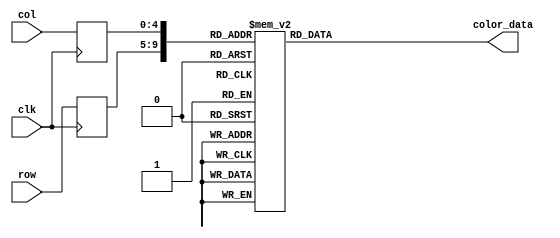
module gandhi_rom
	(
		input wire clk,
		input wire [4:0] row,
		input wire [4:0] col,
		output reg [11:0] color_data
	);

	(* rom_style = "block" *)

	//signal declaration
	reg [4:0] row_reg;
	reg [4:0] col_reg;

	always @(posedge clk)
		begin
		row_reg <= row;
		col_reg <= col;
		end

	always @*
	case ({row_reg, col_reg})
		10'b0000000000: color_data = 12'b010101010101;
		10'b0000000001: color_data = 12'b010101010100;
		10'b0000000010: color_data = 12'b010101010100;
		10'b0000000011: color_data = 12'b011001010101;
		10'b0000000100: color_data = 12'b011001010101;
		10'b0000000101: color_data = 12'b011001010101;
		10'b0000000110: color_data = 12'b010101010101;
		10'b0000000111: color_data = 12'b010101010100;
		10'b0000001000: color_data = 12'b010101010101;
		10'b0000001001: color_data = 12'b010101000100;
		10'b0000001010: color_data = 12'b010000110011;
		10'b0000001011: color_data = 12'b001100110010;
		10'b0000001100: color_data = 12'b001100100010;
		10'b0000001101: color_data = 12'b001100100010;
		10'b0000001110: color_data = 12'b001100100010;
		10'b0000001111: color_data = 12'b001100100010;
		10'b0000010000: color_data = 12'b010000110011;
		10'b0000010001: color_data = 12'b010001000100;
		10'b0000010010: color_data = 12'b010101010101;
		10'b0000010011: color_data = 12'b011001100101;
		10'b0000010100: color_data = 12'b010101010100;
		10'b0000010101: color_data = 12'b010101000100;
		10'b0000010110: color_data = 12'b010101010101;
		10'b0000010111: color_data = 12'b010101010101;
		10'b0000011000: color_data = 12'b010101010100;
		10'b0000011001: color_data = 12'b010101010100;
		10'b0000011010: color_data = 12'b010101000100;
		10'b0000011011: color_data = 12'b010001000100;
		10'b0000011100: color_data = 12'b010101000100;
		10'b0000011101: color_data = 12'b010101000100;

		10'b0000100000: color_data = 12'b010101010100;
		10'b0000100001: color_data = 12'b010101010100;
		10'b0000100010: color_data = 12'b010101010101;
		10'b0000100011: color_data = 12'b011001010101;
		10'b0000100100: color_data = 12'b011001010101;
		10'b0000100101: color_data = 12'b011001010101;
		10'b0000100110: color_data = 12'b010101010100;
		10'b0000100111: color_data = 12'b010101010100;
		10'b0000101000: color_data = 12'b010000110011;
		10'b0000101001: color_data = 12'b001100100010;
		10'b0000101010: color_data = 12'b001100100010;
		10'b0000101011: color_data = 12'b001100100001;
		10'b0000101100: color_data = 12'b001100010001;
		10'b0000101101: color_data = 12'b001000010001;
		10'b0000101110: color_data = 12'b001100010001;
		10'b0000101111: color_data = 12'b001000010001;
		10'b0000110000: color_data = 12'b001000010000;
		10'b0000110001: color_data = 12'b001000010000;
		10'b0000110010: color_data = 12'b001100100001;
		10'b0000110011: color_data = 12'b010001000011;
		10'b0000110100: color_data = 12'b010101010101;
		10'b0000110101: color_data = 12'b010101010101;
		10'b0000110110: color_data = 12'b011001010101;
		10'b0000110111: color_data = 12'b010101010101;
		10'b0000111000: color_data = 12'b010101010101;
		10'b0000111001: color_data = 12'b010101010101;
		10'b0000111010: color_data = 12'b010101010100;
		10'b0000111011: color_data = 12'b010101000100;
		10'b0000111100: color_data = 12'b010101000100;
		10'b0000111101: color_data = 12'b010001000100;

		10'b0001000000: color_data = 12'b010101010100;
		10'b0001000001: color_data = 12'b010101010101;
		10'b0001000010: color_data = 12'b010101010101;
		10'b0001000011: color_data = 12'b011001010101;
		10'b0001000100: color_data = 12'b011001010101;
		10'b0001000101: color_data = 12'b011001010101;
		10'b0001000110: color_data = 12'b010101000100;
		10'b0001000111: color_data = 12'b010000110011;
		10'b0001001000: color_data = 12'b010000100010;
		10'b0001001001: color_data = 12'b010000100010;
		10'b0001001010: color_data = 12'b010000100010;
		10'b0001001011: color_data = 12'b010000010001;
		10'b0001001100: color_data = 12'b010000100001;
		10'b0001001101: color_data = 12'b010000100001;
		10'b0001001110: color_data = 12'b001100100000;
		10'b0001001111: color_data = 12'b001100010000;
		10'b0001010000: color_data = 12'b001100010000;
		10'b0001010001: color_data = 12'b001100010000;
		10'b0001010010: color_data = 12'b001000000000;
		10'b0001010011: color_data = 12'b000100000000;
		10'b0001010100: color_data = 12'b001100100001;
		10'b0001010101: color_data = 12'b010101000100;
		10'b0001010110: color_data = 12'b011001100101;
		10'b0001010111: color_data = 12'b011001010101;
		10'b0001011000: color_data = 12'b010101010101;
		10'b0001011001: color_data = 12'b010101010101;
		10'b0001011010: color_data = 12'b010101010100;
		10'b0001011011: color_data = 12'b010001000100;
		10'b0001011100: color_data = 12'b010001000100;
		10'b0001011101: color_data = 12'b010001000011;

		10'b0001100000: color_data = 12'b010001000100;
		10'b0001100001: color_data = 12'b010001000100;
		10'b0001100010: color_data = 12'b010001000100;
		10'b0001100011: color_data = 12'b010101010101;
		10'b0001100100: color_data = 12'b011001010101;
		10'b0001100101: color_data = 12'b010101000100;
		10'b0001100110: color_data = 12'b010001000011;
		10'b0001100111: color_data = 12'b010100110011;
		10'b0001101000: color_data = 12'b010100110011;
		10'b0001101001: color_data = 12'b010100110010;
		10'b0001101010: color_data = 12'b010100100001;
		10'b0001101011: color_data = 12'b011000110001;
		10'b0001101100: color_data = 12'b011100110010;
		10'b0001101101: color_data = 12'b011101000010;
		10'b0001101110: color_data = 12'b011101000010;
		10'b0001101111: color_data = 12'b011001000010;
		10'b0001110000: color_data = 12'b011000110001;
		10'b0001110001: color_data = 12'b010100110001;
		10'b0001110010: color_data = 12'b010000100001;
		10'b0001110011: color_data = 12'b001100010000;
		10'b0001110100: color_data = 12'b000100000000;
		10'b0001110101: color_data = 12'b001100100010;
		10'b0001110110: color_data = 12'b010101010101;
		10'b0001110111: color_data = 12'b011001100101;
		10'b0001111000: color_data = 12'b010101010101;
		10'b0001111001: color_data = 12'b010101010101;
		10'b0001111010: color_data = 12'b010101010100;
		10'b0001111011: color_data = 12'b010001000100;
		10'b0001111100: color_data = 12'b010001000100;
		10'b0001111101: color_data = 12'b010001000011;

		10'b0010000000: color_data = 12'b010001000011;
		10'b0010000001: color_data = 12'b010001000011;
		10'b0010000010: color_data = 12'b010001000011;
		10'b0010000011: color_data = 12'b010101010100;
		10'b0010000100: color_data = 12'b010101010100;
		10'b0010000101: color_data = 12'b010001000011;
		10'b0010000110: color_data = 12'b010000110011;
		10'b0010000111: color_data = 12'b010100110010;
		10'b0010001000: color_data = 12'b011000110010;
		10'b0010001001: color_data = 12'b011101000011;
		10'b0010001010: color_data = 12'b100101100100;
		10'b0010001011: color_data = 12'b101001110100;
		10'b0010001100: color_data = 12'b101101110100;
		10'b0010001101: color_data = 12'b101001100100;
		10'b0010001110: color_data = 12'b101001100100;
		10'b0010001111: color_data = 12'b100101010011;
		10'b0010010000: color_data = 12'b011101000010;
		10'b0010010001: color_data = 12'b011000110001;
		10'b0010010010: color_data = 12'b010100110010;
		10'b0010010011: color_data = 12'b010000100001;
		10'b0010010100: color_data = 12'b001000010000;
		10'b0010010101: color_data = 12'b000100000000;
		10'b0010010110: color_data = 12'b001100110010;
		10'b0010010111: color_data = 12'b010101010101;
		10'b0010011000: color_data = 12'b010101010101;
		10'b0010011001: color_data = 12'b010101010100;
		10'b0010011010: color_data = 12'b010101010100;
		10'b0010011011: color_data = 12'b010001000100;
		10'b0010011100: color_data = 12'b010001000100;
		10'b0010011101: color_data = 12'b010001000011;

		10'b0010100000: color_data = 12'b010001000100;
		10'b0010100001: color_data = 12'b010101000100;
		10'b0010100010: color_data = 12'b010101010101;
		10'b0010100011: color_data = 12'b010101010100;
		10'b0010100100: color_data = 12'b010001000100;
		10'b0010100101: color_data = 12'b010000110011;
		10'b0010100110: color_data = 12'b010101000011;
		10'b0010100111: color_data = 12'b011101000011;
		10'b0010101000: color_data = 12'b100101010011;
		10'b0010101001: color_data = 12'b101101110101;
		10'b0010101010: color_data = 12'b110010000110;
		10'b0010101011: color_data = 12'b110110010110;
		10'b0010101100: color_data = 12'b110110000110;
		10'b0010101101: color_data = 12'b110010000101;
		10'b0010101110: color_data = 12'b110001110101;
		10'b0010101111: color_data = 12'b101001110100;
		10'b0010110000: color_data = 12'b100101010011;
		10'b0010110001: color_data = 12'b011101000010;
		10'b0010110010: color_data = 12'b011000110010;
		10'b0010110011: color_data = 12'b010000100001;
		10'b0010110100: color_data = 12'b001000100001;
		10'b0010110101: color_data = 12'b000100010000;
		10'b0010110110: color_data = 12'b000100000000;
		10'b0010110111: color_data = 12'b010001000011;
		10'b0010111000: color_data = 12'b011001100101;
		10'b0010111001: color_data = 12'b010101010101;
		10'b0010111010: color_data = 12'b010101010100;
		10'b0010111011: color_data = 12'b010101000100;
		10'b0010111100: color_data = 12'b010001000100;
		10'b0010111101: color_data = 12'b010001000011;

		10'b0011000000: color_data = 12'b010101000100;
		10'b0011000001: color_data = 12'b010101010100;
		10'b0011000010: color_data = 12'b010101010101;
		10'b0011000011: color_data = 12'b010101010101;
		10'b0011000100: color_data = 12'b010001000011;
		10'b0011000101: color_data = 12'b011001010100;
		10'b0011000110: color_data = 12'b100101110101;
		10'b0011000111: color_data = 12'b101101110101;
		10'b0011001000: color_data = 12'b110010000110;
		10'b0011001001: color_data = 12'b110110010110;
		10'b0011001010: color_data = 12'b110110010111;
		10'b0011001011: color_data = 12'b110110010111;
		10'b0011001100: color_data = 12'b110110000110;
		10'b0011001101: color_data = 12'b110010000110;
		10'b0011001110: color_data = 12'b110010000101;
		10'b0011001111: color_data = 12'b101101110101;
		10'b0011010000: color_data = 12'b101001100100;
		10'b0011010001: color_data = 12'b100001000010;
		10'b0011010010: color_data = 12'b011000110010;
		10'b0011010011: color_data = 12'b010000100001;
		10'b0011010100: color_data = 12'b001000100001;
		10'b0011010101: color_data = 12'b000100010000;
		10'b0011010110: color_data = 12'b000000000000;
		10'b0011010111: color_data = 12'b001000100010;
		10'b0011011000: color_data = 12'b010101010101;
		10'b0011011001: color_data = 12'b011001100101;
		10'b0011011010: color_data = 12'b010101010101;
		10'b0011011011: color_data = 12'b010101010100;
		10'b0011011100: color_data = 12'b010101000100;
		10'b0011011101: color_data = 12'b010001000011;

		10'b0011100000: color_data = 12'b010101010100;
		10'b0011100001: color_data = 12'b010101010100;
		10'b0011100010: color_data = 12'b010101010101;
		10'b0011100011: color_data = 12'b010101010101;
		10'b0011100100: color_data = 12'b010101000100;
		10'b0011100101: color_data = 12'b101010011000;
		10'b0011100110: color_data = 12'b110010010111;
		10'b0011100111: color_data = 12'b110010000110;
		10'b0011101000: color_data = 12'b110110010111;
		10'b0011101001: color_data = 12'b111010100111;
		10'b0011101010: color_data = 12'b111010010111;
		10'b0011101011: color_data = 12'b110110010111;
		10'b0011101100: color_data = 12'b110110010110;
		10'b0011101101: color_data = 12'b110010000110;
		10'b0011101110: color_data = 12'b110010000101;
		10'b0011101111: color_data = 12'b101101110101;
		10'b0011110000: color_data = 12'b101001100100;
		10'b0011110001: color_data = 12'b100001010011;
		10'b0011110010: color_data = 12'b011000110010;
		10'b0011110011: color_data = 12'b010000100001;
		10'b0011110100: color_data = 12'b001100100001;
		10'b0011110101: color_data = 12'b000100010000;
		10'b0011110110: color_data = 12'b000000000000;
		10'b0011110111: color_data = 12'b000100010001;
		10'b0011111000: color_data = 12'b010101010100;
		10'b0011111001: color_data = 12'b011001100101;
		10'b0011111010: color_data = 12'b011001010101;
		10'b0011111011: color_data = 12'b010101010101;
		10'b0011111100: color_data = 12'b010101010100;
		10'b0011111101: color_data = 12'b010001000100;

		10'b0100000000: color_data = 12'b010101010100;
		10'b0100000001: color_data = 12'b010101010100;
		10'b0100000010: color_data = 12'b010101010101;
		10'b0100000011: color_data = 12'b010101010101;
		10'b0100000100: color_data = 12'b011001100101;
		10'b0100000101: color_data = 12'b110010111001;
		10'b0100000110: color_data = 12'b110010010111;
		10'b0100000111: color_data = 12'b110110010110;
		10'b0100001000: color_data = 12'b111010100111;
		10'b0100001001: color_data = 12'b111010101000;
		10'b0100001010: color_data = 12'b111010100111;
		10'b0100001011: color_data = 12'b110110010111;
		10'b0100001100: color_data = 12'b110110010111;
		10'b0100001101: color_data = 12'b110010000110;
		10'b0100001110: color_data = 12'b110010000101;
		10'b0100001111: color_data = 12'b101101110101;
		10'b0100010000: color_data = 12'b101001110100;
		10'b0100010001: color_data = 12'b100101010011;
		10'b0100010010: color_data = 12'b011101000010;
		10'b0100010011: color_data = 12'b010000110001;
		10'b0100010100: color_data = 12'b001100100001;
		10'b0100010101: color_data = 12'b000100010000;
		10'b0100010110: color_data = 12'b000000000000;
		10'b0100010111: color_data = 12'b000100010000;
		10'b0100011000: color_data = 12'b010001000100;
		10'b0100011001: color_data = 12'b011001100101;
		10'b0100011010: color_data = 12'b010101010101;
		10'b0100011011: color_data = 12'b011001010101;
		10'b0100011100: color_data = 12'b010101010101;
		10'b0100011101: color_data = 12'b010101000100;

		10'b0100100000: color_data = 12'b010101010100;
		10'b0100100001: color_data = 12'b010101010100;
		10'b0100100010: color_data = 12'b010101010100;
		10'b0100100011: color_data = 12'b010101010101;
		10'b0100100100: color_data = 12'b011101100110;
		10'b0100100101: color_data = 12'b110010101000;
		10'b0100100110: color_data = 12'b110010010110;
		10'b0100100111: color_data = 12'b110110010110;
		10'b0100101000: color_data = 12'b110110010111;
		10'b0100101001: color_data = 12'b111010100111;
		10'b0100101010: color_data = 12'b110110010111;
		10'b0100101011: color_data = 12'b110110010111;
		10'b0100101100: color_data = 12'b110110010110;
		10'b0100101101: color_data = 12'b110010000110;
		10'b0100101110: color_data = 12'b110010000110;
		10'b0100101111: color_data = 12'b110010000101;
		10'b0100110000: color_data = 12'b101101110101;
		10'b0100110001: color_data = 12'b100101100011;
		10'b0100110010: color_data = 12'b011101000011;
		10'b0100110011: color_data = 12'b010100110010;
		10'b0100110100: color_data = 12'b001100100001;
		10'b0100110101: color_data = 12'b001000010001;
		10'b0100110110: color_data = 12'b000100000000;
		10'b0100110111: color_data = 12'b000100000000;
		10'b0100111000: color_data = 12'b010000110011;
		10'b0100111001: color_data = 12'b011001100101;
		10'b0100111010: color_data = 12'b011001010101;
		10'b0100111011: color_data = 12'b011001010101;
		10'b0100111100: color_data = 12'b010101010101;
		10'b0100111101: color_data = 12'b010101010100;

		10'b0101000000: color_data = 12'b010101000100;
		10'b0101000001: color_data = 12'b010101000100;
		10'b0101000010: color_data = 12'b010101010100;
		10'b0101000011: color_data = 12'b010101010101;
		10'b0101000100: color_data = 12'b011001100101;
		10'b0101000101: color_data = 12'b101010000111;
		10'b0101000110: color_data = 12'b110010000110;
		10'b0101000111: color_data = 12'b110010000101;
		10'b0101001000: color_data = 12'b110110010110;
		10'b0101001001: color_data = 12'b110110010110;
		10'b0101001010: color_data = 12'b110110010110;
		10'b0101001011: color_data = 12'b110110010111;
		10'b0101001100: color_data = 12'b110110010111;
		10'b0101001101: color_data = 12'b110110010111;
		10'b0101001110: color_data = 12'b111010010111;
		10'b0101001111: color_data = 12'b110110010111;
		10'b0101010000: color_data = 12'b101110000110;
		10'b0101010001: color_data = 12'b100101100100;
		10'b0101010010: color_data = 12'b100001010011;
		10'b0101010011: color_data = 12'b011000110010;
		10'b0101010100: color_data = 12'b010000100001;
		10'b0101010101: color_data = 12'b010000100001;
		10'b0101010110: color_data = 12'b001000000000;
		10'b0101010111: color_data = 12'b000000000000;
		10'b0101011000: color_data = 12'b001100100010;
		10'b0101011001: color_data = 12'b011101010101;
		10'b0101011010: color_data = 12'b011001010101;
		10'b0101011011: color_data = 12'b011001010101;
		10'b0101011100: color_data = 12'b010101010101;
		10'b0101011101: color_data = 12'b010101000100;

		10'b0101100000: color_data = 12'b010101000100;
		10'b0101100001: color_data = 12'b010001000100;
		10'b0101100010: color_data = 12'b010001000100;
		10'b0101100011: color_data = 12'b010001000100;
		10'b0101100100: color_data = 12'b011001010101;
		10'b0101100101: color_data = 12'b100101110110;
		10'b0101100110: color_data = 12'b101110000110;
		10'b0101100111: color_data = 12'b110010000110;
		10'b0101101000: color_data = 12'b110110010111;
		10'b0101101001: color_data = 12'b111010100111;
		10'b0101101010: color_data = 12'b111010100111;
		10'b0101101011: color_data = 12'b110110010111;
		10'b0101101100: color_data = 12'b111010101000;
		10'b0101101101: color_data = 12'b110110101000;
		10'b0101101110: color_data = 12'b101110000101;
		10'b0101101111: color_data = 12'b011101000011;
		10'b0101110000: color_data = 12'b010100110010;
		10'b0101110001: color_data = 12'b011001000010;
		10'b0101110010: color_data = 12'b011001000010;
		10'b0101110011: color_data = 12'b010100110001;
		10'b0101110100: color_data = 12'b010000100001;
		10'b0101110101: color_data = 12'b010000100001;
		10'b0101110110: color_data = 12'b001000010000;
		10'b0101110111: color_data = 12'b000100000000;
		10'b0101111000: color_data = 12'b010000100010;
		10'b0101111001: color_data = 12'b011001000100;
		10'b0101111010: color_data = 12'b011001010101;
		10'b0101111011: color_data = 12'b010101000100;
		10'b0101111100: color_data = 12'b010101010101;
		10'b0101111101: color_data = 12'b010101000100;

		10'b0110000000: color_data = 12'b010001000100;
		10'b0110000001: color_data = 12'b010001000100;
		10'b0110000010: color_data = 12'b010001000100;
		10'b0110000011: color_data = 12'b010001000100;
		10'b0110000100: color_data = 12'b010101010100;
		10'b0110000101: color_data = 12'b100110000111;
		10'b0110000110: color_data = 12'b110010011000;
		10'b0110000111: color_data = 12'b110010000111;
		10'b0110001000: color_data = 12'b101110000110;
		10'b0110001001: color_data = 12'b110010010110;
		10'b0110001010: color_data = 12'b110110010111;
		10'b0110001011: color_data = 12'b110110010111;
		10'b0110001100: color_data = 12'b110110010111;
		10'b0110001101: color_data = 12'b101110000110;
		10'b0110001110: color_data = 12'b100001010011;
		10'b0110001111: color_data = 12'b100001100101;
		10'b0110010000: color_data = 12'b100110000111;
		10'b0110010001: color_data = 12'b011001010100;
		10'b0110010010: color_data = 12'b010100110010;
		10'b0110010011: color_data = 12'b010100110001;
		10'b0110010100: color_data = 12'b010000110001;
		10'b0110010101: color_data = 12'b001100100001;
		10'b0110010110: color_data = 12'b001000010000;
		10'b0110010111: color_data = 12'b001000010001;
		10'b0110011000: color_data = 12'b010100110010;
		10'b0110011001: color_data = 12'b011000110011;
		10'b0110011010: color_data = 12'b011101010100;
		10'b0110011011: color_data = 12'b010101010100;
		10'b0110011100: color_data = 12'b010101010100;
		10'b0110011101: color_data = 12'b010101010100;

		10'b0110100000: color_data = 12'b010001000100;
		10'b0110100001: color_data = 12'b010001000100;
		10'b0110100010: color_data = 12'b010001000100;
		10'b0110100011: color_data = 12'b010001000011;
		10'b0110100100: color_data = 12'b010000110011;
		10'b0110100101: color_data = 12'b100001110111;
		10'b0110100110: color_data = 12'b101010000110;
		10'b0110100111: color_data = 12'b011101010011;
		10'b0110101000: color_data = 12'b011101100100;
		10'b0110101001: color_data = 12'b100001100100;
		10'b0110101010: color_data = 12'b100001100011;
		10'b0110101011: color_data = 12'b101001110100;
		10'b0110101100: color_data = 12'b110010010111;
		10'b0110101101: color_data = 12'b100101100100;
		10'b0110101110: color_data = 12'b100001100101;
		10'b0110101111: color_data = 12'b101001110110;
		10'b0110110000: color_data = 12'b101110011000;
		10'b0110110001: color_data = 12'b011101100101;
		10'b0110110010: color_data = 12'b011001000011;
		10'b0110110011: color_data = 12'b010100110010;
		10'b0110110100: color_data = 12'b010000100001;
		10'b0110110101: color_data = 12'b010000100001;
		10'b0110110110: color_data = 12'b001100100000;
		10'b0110110111: color_data = 12'b001000010000;
		10'b0110111000: color_data = 12'b010100100010;
		10'b0110111001: color_data = 12'b100001000100;
		10'b0110111010: color_data = 12'b011101010100;
		10'b0110111011: color_data = 12'b011001010100;
		10'b0110111100: color_data = 12'b010101010100;
		10'b0110111101: color_data = 12'b010101010100;

		10'b0111000000: color_data = 12'b010001000100;
		10'b0111000001: color_data = 12'b010001000100;
		10'b0111000010: color_data = 12'b010001000011;
		10'b0111000011: color_data = 12'b010000110011;
		10'b0111000100: color_data = 12'b001100110011;
		10'b0111000101: color_data = 12'b011001100101;
		10'b0111000110: color_data = 12'b011101010100;
		10'b0111000111: color_data = 12'b100001100101;
		10'b0111001000: color_data = 12'b100110000111;
		10'b0111001001: color_data = 12'b100001100101;
		10'b0111001010: color_data = 12'b100001100100;
		10'b0111001011: color_data = 12'b100101100100;
		10'b0111001100: color_data = 12'b110010010110;
		10'b0111001101: color_data = 12'b100101100100;
		10'b0111001110: color_data = 12'b011001000011;
		10'b0111001111: color_data = 12'b100101010100;
		10'b0111010000: color_data = 12'b101101110110;
		10'b0111010001: color_data = 12'b100101100101;
		10'b0111010010: color_data = 12'b100001010100;
		10'b0111010011: color_data = 12'b011101000100;
		10'b0111010100: color_data = 12'b100001010100;
		10'b0111010101: color_data = 12'b011000110010;
		10'b0111010110: color_data = 12'b001100100001;
		10'b0111010111: color_data = 12'b001100010000;
		10'b0111011000: color_data = 12'b010000010000;
		10'b0111011001: color_data = 12'b100001000011;
		10'b0111011010: color_data = 12'b011101010011;
		10'b0111011011: color_data = 12'b011001010100;
		10'b0111011100: color_data = 12'b010101010100;
		10'b0111011101: color_data = 12'b010101000100;

		10'b0111100000: color_data = 12'b010001000100;
		10'b0111100001: color_data = 12'b010001000100;
		10'b0111100010: color_data = 12'b010001000100;
		10'b0111100011: color_data = 12'b010000110011;
		10'b0111100100: color_data = 12'b010101010011;
		10'b0111100101: color_data = 12'b011001010100;
		10'b0111100110: color_data = 12'b011101010100;
		10'b0111100111: color_data = 12'b100001010101;
		10'b0111101000: color_data = 12'b100001100110;
		10'b0111101001: color_data = 12'b011101010100;
		10'b0111101010: color_data = 12'b100101100101;
		10'b0111101011: color_data = 12'b101001110101;
		10'b0111101100: color_data = 12'b110010010110;
		10'b0111101101: color_data = 12'b101101110101;
		10'b0111101110: color_data = 12'b011101000010;
		10'b0111101111: color_data = 12'b100101100101;
		10'b0111110000: color_data = 12'b101110000110;
		10'b0111110001: color_data = 12'b101110000110;
		10'b0111110010: color_data = 12'b101001110101;
		10'b0111110011: color_data = 12'b101101110101;
		10'b0111110100: color_data = 12'b101001110101;
		10'b0111110101: color_data = 12'b100001010011;
		10'b0111110110: color_data = 12'b010000100001;
		10'b0111110111: color_data = 12'b010000100001;
		10'b0111111000: color_data = 12'b010000100001;
		10'b0111111001: color_data = 12'b011000110011;
		10'b0111111010: color_data = 12'b011101010100;
		10'b0111111011: color_data = 12'b010101010100;
		10'b0111111100: color_data = 12'b010101010100;
		10'b0111111101: color_data = 12'b010101010100;

		10'b1000000000: color_data = 12'b010001000100;
		10'b1000000001: color_data = 12'b010001000011;
		10'b1000000010: color_data = 12'b010001000100;
		10'b1000000011: color_data = 12'b010001000011;
		10'b1000000100: color_data = 12'b011101100101;
		10'b1000000101: color_data = 12'b101110000111;
		10'b1000000110: color_data = 12'b100101100101;
		10'b1000000111: color_data = 12'b100001010100;
		10'b1000001000: color_data = 12'b101001110110;
		10'b1000001001: color_data = 12'b100101100101;
		10'b1000001010: color_data = 12'b101110000110;
		10'b1000001011: color_data = 12'b101110000101;
		10'b1000001100: color_data = 12'b110110010111;
		10'b1000001101: color_data = 12'b101101110101;
		10'b1000001110: color_data = 12'b100101010011;
		10'b1000001111: color_data = 12'b101101110101;
		10'b1000010000: color_data = 12'b101110000110;
		10'b1000010001: color_data = 12'b110010000101;
		10'b1000010010: color_data = 12'b110010000110;
		10'b1000010011: color_data = 12'b110110010110;
		10'b1000010100: color_data = 12'b101101110101;
		10'b1000010101: color_data = 12'b100001010011;
		10'b1000010110: color_data = 12'b010100100001;
		10'b1000010111: color_data = 12'b010000100001;
		10'b1000011000: color_data = 12'b010000010001;
		10'b1000011001: color_data = 12'b011100110011;
		10'b1000011010: color_data = 12'b100001010100;
		10'b1000011011: color_data = 12'b010101010100;
		10'b1000011100: color_data = 12'b010101000100;
		10'b1000011101: color_data = 12'b010101000100;

		10'b1000100000: color_data = 12'b010001000011;
		10'b1000100001: color_data = 12'b010001000011;
		10'b1000100010: color_data = 12'b010001000100;
		10'b1000100011: color_data = 12'b010000110011;
		10'b1000100100: color_data = 12'b100001110101;
		10'b1000100101: color_data = 12'b111010111001;
		10'b1000100110: color_data = 12'b110010010111;
		10'b1000100111: color_data = 12'b101110000110;
		10'b1000101000: color_data = 12'b110010000111;
		10'b1000101001: color_data = 12'b110010010111;
		10'b1000101010: color_data = 12'b110110010111;
		10'b1000101011: color_data = 12'b110010000110;
		10'b1000101100: color_data = 12'b110110010110;
		10'b1000101101: color_data = 12'b110001110101;
		10'b1000101110: color_data = 12'b100001000010;
		10'b1000101111: color_data = 12'b100101010011;
		10'b1000110000: color_data = 12'b101101110100;
		10'b1000110001: color_data = 12'b110110010110;
		10'b1000110010: color_data = 12'b111010100111;
		10'b1000110011: color_data = 12'b111010010111;
		10'b1000110100: color_data = 12'b101101110100;
		10'b1000110101: color_data = 12'b100101010011;
		10'b1000110110: color_data = 12'b010100100001;
		10'b1000110111: color_data = 12'b010000010001;
		10'b1000111000: color_data = 12'b010000010001;
		10'b1000111001: color_data = 12'b011101000011;
		10'b1000111010: color_data = 12'b011101010100;
		10'b1000111011: color_data = 12'b010101000100;
		10'b1000111100: color_data = 12'b010001000100;
		10'b1000111101: color_data = 12'b010101000100;

		10'b1001000000: color_data = 12'b010001000011;
		10'b1001000001: color_data = 12'b010001000011;
		10'b1001000010: color_data = 12'b010001000100;
		10'b1001000011: color_data = 12'b010001000011;
		10'b1001000100: color_data = 12'b011001010100;
		10'b1001000101: color_data = 12'b110110101000;
		10'b1001000110: color_data = 12'b110110010111;
		10'b1001000111: color_data = 12'b110110010111;
		10'b1001001000: color_data = 12'b110110100111;
		10'b1001001001: color_data = 12'b110110010110;
		10'b1001001010: color_data = 12'b110110010110;
		10'b1001001011: color_data = 12'b110110000110;
		10'b1001001100: color_data = 12'b110110010110;
		10'b1001001101: color_data = 12'b110110010110;
		10'b1001001110: color_data = 12'b100101100100;
		10'b1001001111: color_data = 12'b101001100100;
		10'b1001010000: color_data = 12'b100001000010;
		10'b1001010001: color_data = 12'b100101100011;
		10'b1001010010: color_data = 12'b110010000110;
		10'b1001010011: color_data = 12'b110110010110;
		10'b1001010100: color_data = 12'b101101110101;
		10'b1001010101: color_data = 12'b011101000010;
		10'b1001010110: color_data = 12'b010100100001;
		10'b1001010111: color_data = 12'b001100010000;
		10'b1001011000: color_data = 12'b010000010001;
		10'b1001011001: color_data = 12'b011101000011;
		10'b1001011010: color_data = 12'b011101010011;
		10'b1001011011: color_data = 12'b010101000011;
		10'b1001011100: color_data = 12'b010001000100;
		10'b1001011101: color_data = 12'b010001000100;

		10'b1001100000: color_data = 12'b010001000011;
		10'b1001100001: color_data = 12'b010001000100;
		10'b1001100010: color_data = 12'b010001000011;
		10'b1001100011: color_data = 12'b010101000100;
		10'b1001100100: color_data = 12'b010001000011;
		10'b1001100101: color_data = 12'b101110000110;
		10'b1001100110: color_data = 12'b110110100111;
		10'b1001100111: color_data = 12'b110110010111;
		10'b1001101000: color_data = 12'b111010100110;
		10'b1001101001: color_data = 12'b111010100111;
		10'b1001101010: color_data = 12'b110110010110;
		10'b1001101011: color_data = 12'b110010000101;
		10'b1001101100: color_data = 12'b110110010111;
		10'b1001101101: color_data = 12'b111010111000;
		10'b1001101110: color_data = 12'b100101100100;
		10'b1001101111: color_data = 12'b011000110001;
		10'b1001110000: color_data = 12'b011000110010;
		10'b1001110001: color_data = 12'b100001010011;
		10'b1001110010: color_data = 12'b100001010011;
		10'b1001110011: color_data = 12'b100101100100;
		10'b1001110100: color_data = 12'b100101100100;
		10'b1001110101: color_data = 12'b011000110010;
		10'b1001110110: color_data = 12'b010000100001;
		10'b1001110111: color_data = 12'b001100010001;
		10'b1001111000: color_data = 12'b010000100001;
		10'b1001111001: color_data = 12'b011000110010;
		10'b1001111010: color_data = 12'b010101000011;
		10'b1001111011: color_data = 12'b010001000011;
		10'b1001111100: color_data = 12'b010001000100;
		10'b1001111101: color_data = 12'b010001000100;

		10'b1010000000: color_data = 12'b010001000011;
		10'b1010000001: color_data = 12'b010001000011;
		10'b1010000010: color_data = 12'b010001000011;
		10'b1010000011: color_data = 12'b010001000100;
		10'b1010000100: color_data = 12'b010101000100;
		10'b1010000101: color_data = 12'b100101110110;
		10'b1010000110: color_data = 12'b110110011000;
		10'b1010000111: color_data = 12'b110010000110;
		10'b1010001000: color_data = 12'b110110010110;
		10'b1010001001: color_data = 12'b110110010110;
		10'b1010001010: color_data = 12'b101110000101;
		10'b1010001011: color_data = 12'b101101110101;
		10'b1010001100: color_data = 12'b101110000110;
		10'b1010001101: color_data = 12'b101110000110;
		10'b1010001110: color_data = 12'b011101000010;
		10'b1010001111: color_data = 12'b011101000011;
		10'b1010010000: color_data = 12'b100101100101;
		10'b1010010001: color_data = 12'b100001010100;
		10'b1010010010: color_data = 12'b011001000010;
		10'b1010010011: color_data = 12'b011101010011;
		10'b1010010100: color_data = 12'b100101100101;
		10'b1010010101: color_data = 12'b010100110010;
		10'b1010010110: color_data = 12'b001100100001;
		10'b1010010111: color_data = 12'b001100100001;
		10'b1010011000: color_data = 12'b001100010001;
		10'b1010011001: color_data = 12'b010000110010;
		10'b1010011010: color_data = 12'b010101000011;
		10'b1010011011: color_data = 12'b010001000100;
		10'b1010011100: color_data = 12'b010001000100;
		10'b1010011101: color_data = 12'b010001000100;

		10'b1010100000: color_data = 12'b010001000011;
		10'b1010100001: color_data = 12'b010001000011;
		10'b1010100010: color_data = 12'b010001000011;
		10'b1010100011: color_data = 12'b010001000100;
		10'b1010100100: color_data = 12'b010001000100;
		10'b1010100101: color_data = 12'b011101010101;
		10'b1010100110: color_data = 12'b110110101001;
		10'b1010100111: color_data = 12'b110010000110;
		10'b1010101000: color_data = 12'b110010000101;
		10'b1010101001: color_data = 12'b101101110100;
		10'b1010101010: color_data = 12'b101001110100;
		10'b1010101011: color_data = 12'b101110000110;
		10'b1010101100: color_data = 12'b101110000110;
		10'b1010101101: color_data = 12'b101110000110;
		10'b1010101110: color_data = 12'b101110000110;
		10'b1010101111: color_data = 12'b101001110110;
		10'b1010110000: color_data = 12'b100101100101;
		10'b1010110001: color_data = 12'b011101000011;
		10'b1010110010: color_data = 12'b010100100001;
		10'b1010110011: color_data = 12'b011101010011;
		10'b1010110100: color_data = 12'b100101100101;
		10'b1010110101: color_data = 12'b010100110010;
		10'b1010110110: color_data = 12'b010000100001;
		10'b1010110111: color_data = 12'b001100100001;
		10'b1010111000: color_data = 12'b001100100001;
		10'b1010111001: color_data = 12'b001100100010;
		10'b1010111010: color_data = 12'b010101000100;
		10'b1010111011: color_data = 12'b010001000100;
		10'b1010111100: color_data = 12'b010001000100;
		10'b1010111101: color_data = 12'b010001000100;

		10'b1011000000: color_data = 12'b010000110011;
		10'b1011000001: color_data = 12'b010001000011;
		10'b1011000010: color_data = 12'b010000110011;
		10'b1011000011: color_data = 12'b010001000011;
		10'b1011000100: color_data = 12'b010001000100;
		10'b1011000101: color_data = 12'b010001000100;
		10'b1011000110: color_data = 12'b101010000111;
		10'b1011000111: color_data = 12'b110010100111;
		10'b1011001000: color_data = 12'b101001110101;
		10'b1011001001: color_data = 12'b101001100100;
		10'b1011001010: color_data = 12'b100101100100;
		10'b1011001011: color_data = 12'b101001110101;
		10'b1011001100: color_data = 12'b101010000110;
		10'b1011001101: color_data = 12'b101010000110;
		10'b1011001110: color_data = 12'b101001110110;
		10'b1011001111: color_data = 12'b100101100101;
		10'b1011010000: color_data = 12'b100001010011;
		10'b1011010001: color_data = 12'b011001000010;
		10'b1011010010: color_data = 12'b011001000010;
		10'b1011010011: color_data = 12'b100001010100;
		10'b1011010100: color_data = 12'b011101000011;
		10'b1011010101: color_data = 12'b010100110010;
		10'b1011010110: color_data = 12'b010000100001;
		10'b1011010111: color_data = 12'b001100100001;
		10'b1011011000: color_data = 12'b001100100001;
		10'b1011011001: color_data = 12'b001100100010;
		10'b1011011010: color_data = 12'b011101100110;
		10'b1011011011: color_data = 12'b010000110011;
		10'b1011011100: color_data = 12'b001100110011;
		10'b1011011101: color_data = 12'b010001000100;

		10'b1011100000: color_data = 12'b001100110011;
		10'b1011100001: color_data = 12'b010000110011;
		10'b1011100010: color_data = 12'b010000110011;
		10'b1011100011: color_data = 12'b010000110011;
		10'b1011100100: color_data = 12'b010001000100;
		10'b1011100101: color_data = 12'b010001000100;
		10'b1011100110: color_data = 12'b010101010011;
		10'b1011100111: color_data = 12'b011101100100;
		10'b1011101000: color_data = 12'b011101010100;
		10'b1011101001: color_data = 12'b101001110101;
		10'b1011101010: color_data = 12'b100101100100;
		10'b1011101011: color_data = 12'b100101100011;
		10'b1011101100: color_data = 12'b100101100100;
		10'b1011101101: color_data = 12'b101001110101;
		10'b1011101110: color_data = 12'b101010000110;
		10'b1011101111: color_data = 12'b101110000110;
		10'b1011110000: color_data = 12'b100001010100;
		10'b1011110001: color_data = 12'b011000110010;
		10'b1011110010: color_data = 12'b011101010011;
		10'b1011110011: color_data = 12'b011101010011;
		10'b1011110100: color_data = 12'b011000110010;
		10'b1011110101: color_data = 12'b011000110011;
		10'b1011110110: color_data = 12'b010000100001;
		10'b1011110111: color_data = 12'b001100100001;
		10'b1011111000: color_data = 12'b001000010001;
		10'b1011111001: color_data = 12'b011001010101;
		10'b1011111010: color_data = 12'b101010101010;
		10'b1011111011: color_data = 12'b001100100010;
		10'b1011111100: color_data = 12'b000100010001;
		10'b1011111101: color_data = 12'b010001000011;

		10'b1100000000: color_data = 12'b001100110011;
		10'b1100000001: color_data = 12'b001100110011;
		10'b1100000010: color_data = 12'b001100110011;
		10'b1100000011: color_data = 12'b010000110011;
		10'b1100000100: color_data = 12'b010001000011;
		10'b1100000101: color_data = 12'b010001000011;
		10'b1100000110: color_data = 12'b010001000011;
		10'b1100000111: color_data = 12'b010000110011;
		10'b1100001000: color_data = 12'b010101000011;
		10'b1100001001: color_data = 12'b011101100100;
		10'b1100001010: color_data = 12'b100101100100;
		10'b1100001011: color_data = 12'b101001100100;
		10'b1100001100: color_data = 12'b100101100100;
		10'b1100001101: color_data = 12'b101001110101;
		10'b1100001110: color_data = 12'b101001110110;
		10'b1100001111: color_data = 12'b100101100101;
		10'b1100010000: color_data = 12'b011101010011;
		10'b1100010001: color_data = 12'b100001010011;
		10'b1100010010: color_data = 12'b100001010100;
		10'b1100010011: color_data = 12'b011101000011;
		10'b1100010100: color_data = 12'b010100110010;
		10'b1100010101: color_data = 12'b010100110010;
		10'b1100010110: color_data = 12'b001100100001;
		10'b1100010111: color_data = 12'b001100010000;
		10'b1100011000: color_data = 12'b010000110010;
		10'b1100011001: color_data = 12'b101110101010;
		10'b1100011010: color_data = 12'b110011001100;
		10'b1100011011: color_data = 12'b010001000100;
		10'b1100011100: color_data = 12'b000000000000;
		10'b1100011101: color_data = 12'b001000010001;

		10'b1100100000: color_data = 12'b001100110011;
		10'b1100100001: color_data = 12'b001100110011;
		10'b1100100010: color_data = 12'b010000110011;
		10'b1100100011: color_data = 12'b010001000011;
		10'b1100100100: color_data = 12'b010000110011;
		10'b1100100101: color_data = 12'b010000110011;
		10'b1100100110: color_data = 12'b010001000011;
		10'b1100100111: color_data = 12'b010001000011;
		10'b1100101000: color_data = 12'b010001000011;
		10'b1100101001: color_data = 12'b010101000011;
		10'b1100101010: color_data = 12'b011101010100;
		10'b1100101011: color_data = 12'b100101100100;
		10'b1100101100: color_data = 12'b101001110101;
		10'b1100101101: color_data = 12'b100101100100;
		10'b1100101110: color_data = 12'b100101100100;
		10'b1100101111: color_data = 12'b100101110100;
		10'b1100110000: color_data = 12'b100101110101;
		10'b1100110001: color_data = 12'b101001110101;
		10'b1100110010: color_data = 12'b100001010011;
		10'b1100110011: color_data = 12'b010100110010;
		10'b1100110100: color_data = 12'b010000100010;
		10'b1100110101: color_data = 12'b001100100001;
		10'b1100110110: color_data = 12'b001000000000;
		10'b1100110111: color_data = 12'b001100010001;
		10'b1100111000: color_data = 12'b100110001000;
		10'b1100111001: color_data = 12'b111011011101;
		10'b1100111010: color_data = 12'b101110111011;
		10'b1100111011: color_data = 12'b001000100010;
		10'b1100111100: color_data = 12'b000100010001;
		10'b1100111101: color_data = 12'b000100010001;

		10'b1101000000: color_data = 12'b001100110011;
		10'b1101000001: color_data = 12'b001100110011;
		10'b1101000010: color_data = 12'b001100110011;
		10'b1101000011: color_data = 12'b001100110011;
		10'b1101000100: color_data = 12'b001100110011;
		10'b1101000101: color_data = 12'b001100110011;
		10'b1101000110: color_data = 12'b001100110011;
		10'b1101000111: color_data = 12'b010000110011;
		10'b1101001000: color_data = 12'b010000110011;
		10'b1101001001: color_data = 12'b010001000011;
		10'b1101001010: color_data = 12'b010101000011;
		10'b1101001011: color_data = 12'b011101010011;
		10'b1101001100: color_data = 12'b100001100100;
		10'b1101001101: color_data = 12'b101101110101;
		10'b1101001110: color_data = 12'b101110000101;
		10'b1101001111: color_data = 12'b101110000110;
		10'b1101010000: color_data = 12'b101110000110;
		10'b1101010001: color_data = 12'b100101100101;
		10'b1101010010: color_data = 12'b011101000011;
		10'b1101010011: color_data = 12'b010100110010;
		10'b1101010100: color_data = 12'b001100010001;
		10'b1101010101: color_data = 12'b001000000000;
		10'b1101010110: color_data = 12'b001000010000;
		10'b1101010111: color_data = 12'b011101010101;
		10'b1101011000: color_data = 12'b111011011101;
		10'b1101011001: color_data = 12'b111011101110;
		10'b1101011010: color_data = 12'b100010001000;
		10'b1101011011: color_data = 12'b000100010001;
		10'b1101011100: color_data = 12'b001000100010;
		10'b1101011101: color_data = 12'b000100010010;

		10'b1101100000: color_data = 12'b010000110011;
		10'b1101100001: color_data = 12'b001100110011;
		10'b1101100010: color_data = 12'b001100110011;
		10'b1101100011: color_data = 12'b001100110011;
		10'b1101100100: color_data = 12'b001100110011;
		10'b1101100101: color_data = 12'b001100110011;
		10'b1101100110: color_data = 12'b001100110011;
		10'b1101100111: color_data = 12'b001100110011;
		10'b1101101000: color_data = 12'b010000110011;
		10'b1101101001: color_data = 12'b010000110011;
		10'b1101101010: color_data = 12'b010000110010;
		10'b1101101011: color_data = 12'b010100110011;
		10'b1101101100: color_data = 12'b011001000011;
		10'b1101101101: color_data = 12'b100001100100;
		10'b1101101110: color_data = 12'b100101100101;
		10'b1101101111: color_data = 12'b100101100101;
		10'b1101110000: color_data = 12'b100001100101;
		10'b1101110001: color_data = 12'b011001000011;
		10'b1101110010: color_data = 12'b010100110010;
		10'b1101110011: color_data = 12'b001100010000;
		10'b1101110100: color_data = 12'b001100010000;
		10'b1101110101: color_data = 12'b001100010000;
		10'b1101110110: color_data = 12'b011001000011;
		10'b1101110111: color_data = 12'b110111001100;
		10'b1101111000: color_data = 12'b111011101110;
		10'b1101111001: color_data = 12'b111011101101;
		10'b1101111010: color_data = 12'b010001000101;
		10'b1101111011: color_data = 12'b000100100010;
		10'b1101111100: color_data = 12'b001000100010;
		10'b1101111101: color_data = 12'b001000100010;

		10'b1110000000: color_data = 12'b010000110011;
		10'b1110000001: color_data = 12'b010000110011;
		10'b1110000010: color_data = 12'b001100110011;
		10'b1110000011: color_data = 12'b001100110011;
		10'b1110000100: color_data = 12'b001100110011;
		10'b1110000101: color_data = 12'b001100110011;
		10'b1110000110: color_data = 12'b001100110011;
		10'b1110000111: color_data = 12'b001100110011;
		10'b1110001000: color_data = 12'b010000110011;
		10'b1110001001: color_data = 12'b010000110011;
		10'b1110001010: color_data = 12'b001100110011;
		10'b1110001011: color_data = 12'b010000110011;
		10'b1110001100: color_data = 12'b010000110010;
		10'b1110001101: color_data = 12'b010101000011;
		10'b1110001110: color_data = 12'b100001100101;
		10'b1110001111: color_data = 12'b011101010100;
		10'b1110010000: color_data = 12'b011001000010;
		10'b1110010001: color_data = 12'b010100110010;
		10'b1110010010: color_data = 12'b010100110010;
		10'b1110010011: color_data = 12'b010000100001;
		10'b1110010100: color_data = 12'b010100100001;
		10'b1110010101: color_data = 12'b011101010100;
		10'b1110010110: color_data = 12'b111011011100;
		10'b1110010111: color_data = 12'b111111111110;
		10'b1110011000: color_data = 12'b111111111111;
		10'b1110011001: color_data = 12'b101110111011;
		10'b1110011010: color_data = 12'b001000100010;
		10'b1110011011: color_data = 12'b001000100011;
		10'b1110011100: color_data = 12'b001000100011;
		10'b1110011101: color_data = 12'b001000100011;

		10'b1110100000: color_data = 12'b001100110011;
		10'b1110100001: color_data = 12'b001100110011;
		10'b1110100010: color_data = 12'b001100110011;
		10'b1110100011: color_data = 12'b001100110011;
		10'b1110100100: color_data = 12'b001100110011;
		10'b1110100101: color_data = 12'b001100110011;
		10'b1110100110: color_data = 12'b001100110011;
		10'b1110100111: color_data = 12'b001100110011;
		10'b1110101000: color_data = 12'b001100110011;
		10'b1110101001: color_data = 12'b001100110011;
		10'b1110101010: color_data = 12'b001100110011;
		10'b1110101011: color_data = 12'b010000110011;
		10'b1110101100: color_data = 12'b001100110011;
		10'b1110101101: color_data = 12'b010101010100;
		10'b1110101110: color_data = 12'b110010101001;
		10'b1110101111: color_data = 12'b101001110110;
		10'b1110110000: color_data = 12'b100101100100;
		10'b1110110001: color_data = 12'b100001010011;
		10'b1110110010: color_data = 12'b011101000011;
		10'b1110110011: color_data = 12'b011101000011;
		10'b1110110100: color_data = 12'b011101010100;
		10'b1110110101: color_data = 12'b110111001011;
		10'b1110110110: color_data = 12'b111111111111;
		10'b1110110111: color_data = 12'b111111111111;
		10'b1110111000: color_data = 12'b111011111110;
		10'b1110111001: color_data = 12'b011001110111;
		10'b1110111010: color_data = 12'b000100100010;
		10'b1110111011: color_data = 12'b001000110011;
		10'b1110111100: color_data = 12'b001000100011;
		10'b1110111101: color_data = 12'b001000100011;

		default: color_data = 12'b000000000000;
	endcase
endmodule